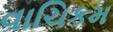
વાચિકમ